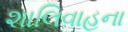
શાલિવાહના